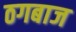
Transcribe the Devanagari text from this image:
ठगबाज